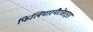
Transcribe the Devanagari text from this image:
फिलियास्पैरोसाइड